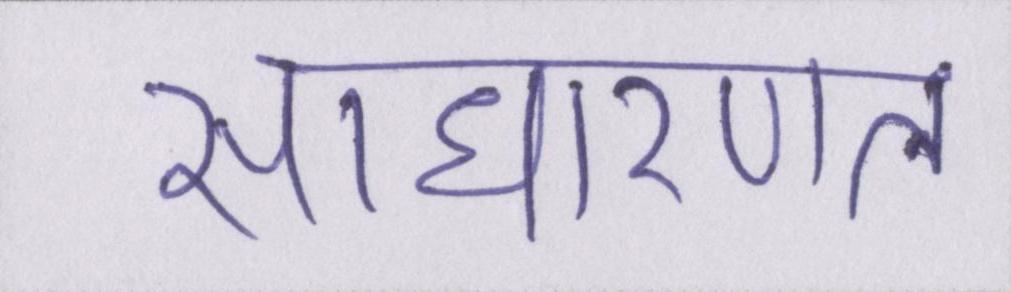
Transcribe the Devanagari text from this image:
साधारणत